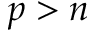
p > n